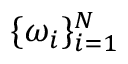
\{ \omega _ { i } \} _ { i = 1 } ^ { N }